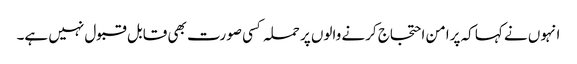
انہوں نے کہا کہ پرامن احتجاج کرنے والوں پر حملہ کسی صورت بھی قابل قبول نہیں ہے۔